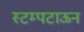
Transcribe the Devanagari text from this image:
स्टम्पटाऊन